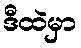
ဒီထဲမှာ